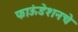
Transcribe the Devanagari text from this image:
फाऊंडेशनचे